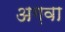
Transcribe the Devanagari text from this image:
अग़वा